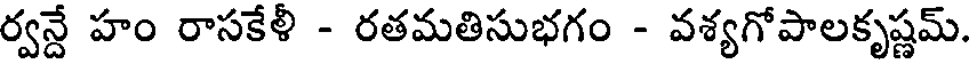
ర్వన్దే హం రాసకేళీ - రతమతిసుభగం - వశ్యగోపాలకృష్ణమ్.